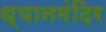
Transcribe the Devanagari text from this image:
ध्यानमंदिर